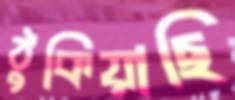
ঠুকিয়াছি